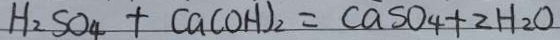
H _ { 2 } S O _ { 4 } + C a ( O H ) _ { 2 } = C a S O _ { 4 } + 2 H _ { 2 } O